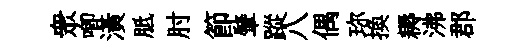
衆唧潢胝肘節肇蹤八偶珎换耨沸郡